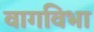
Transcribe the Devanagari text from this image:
वागविभा